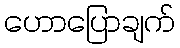
ဟောပြောချက်